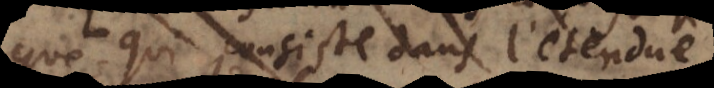
qui consistent dans l’étendue